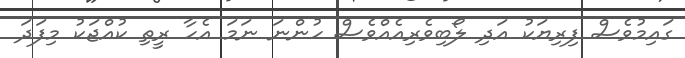
ގައިމުވެސް ފިރިޔަކު އަދި ލޯބިވެރިއެއްވެސް ހުންނަ ނަމަ އެހާ ރީތި ކުއްޖަކު މިފަދަ